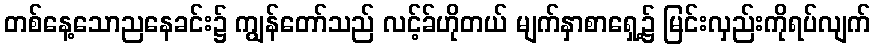
တစ်နေ့သောညနေခင်း၌ ကျွန်တော်သည် လင့်ခ်ဟိုတယ် မျက်နှာစာရှေ့၌ မြင်းလှည်းကိုရပ်လျက်